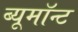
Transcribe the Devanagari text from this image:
ब्यूमॉन्ट